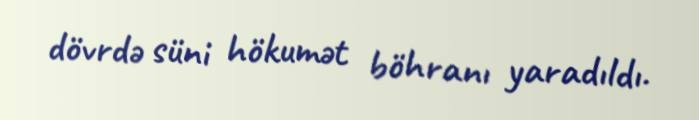
dövrdə süni hökumət böhranı yaradıldı.